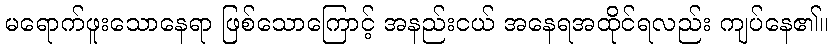
မရောက်ဖူးသောနေရာ ဖြစ်သောကြောင့် အနည်းငယ် အနေရအထိုင်ရလည်း ကျပ်နေ၏။